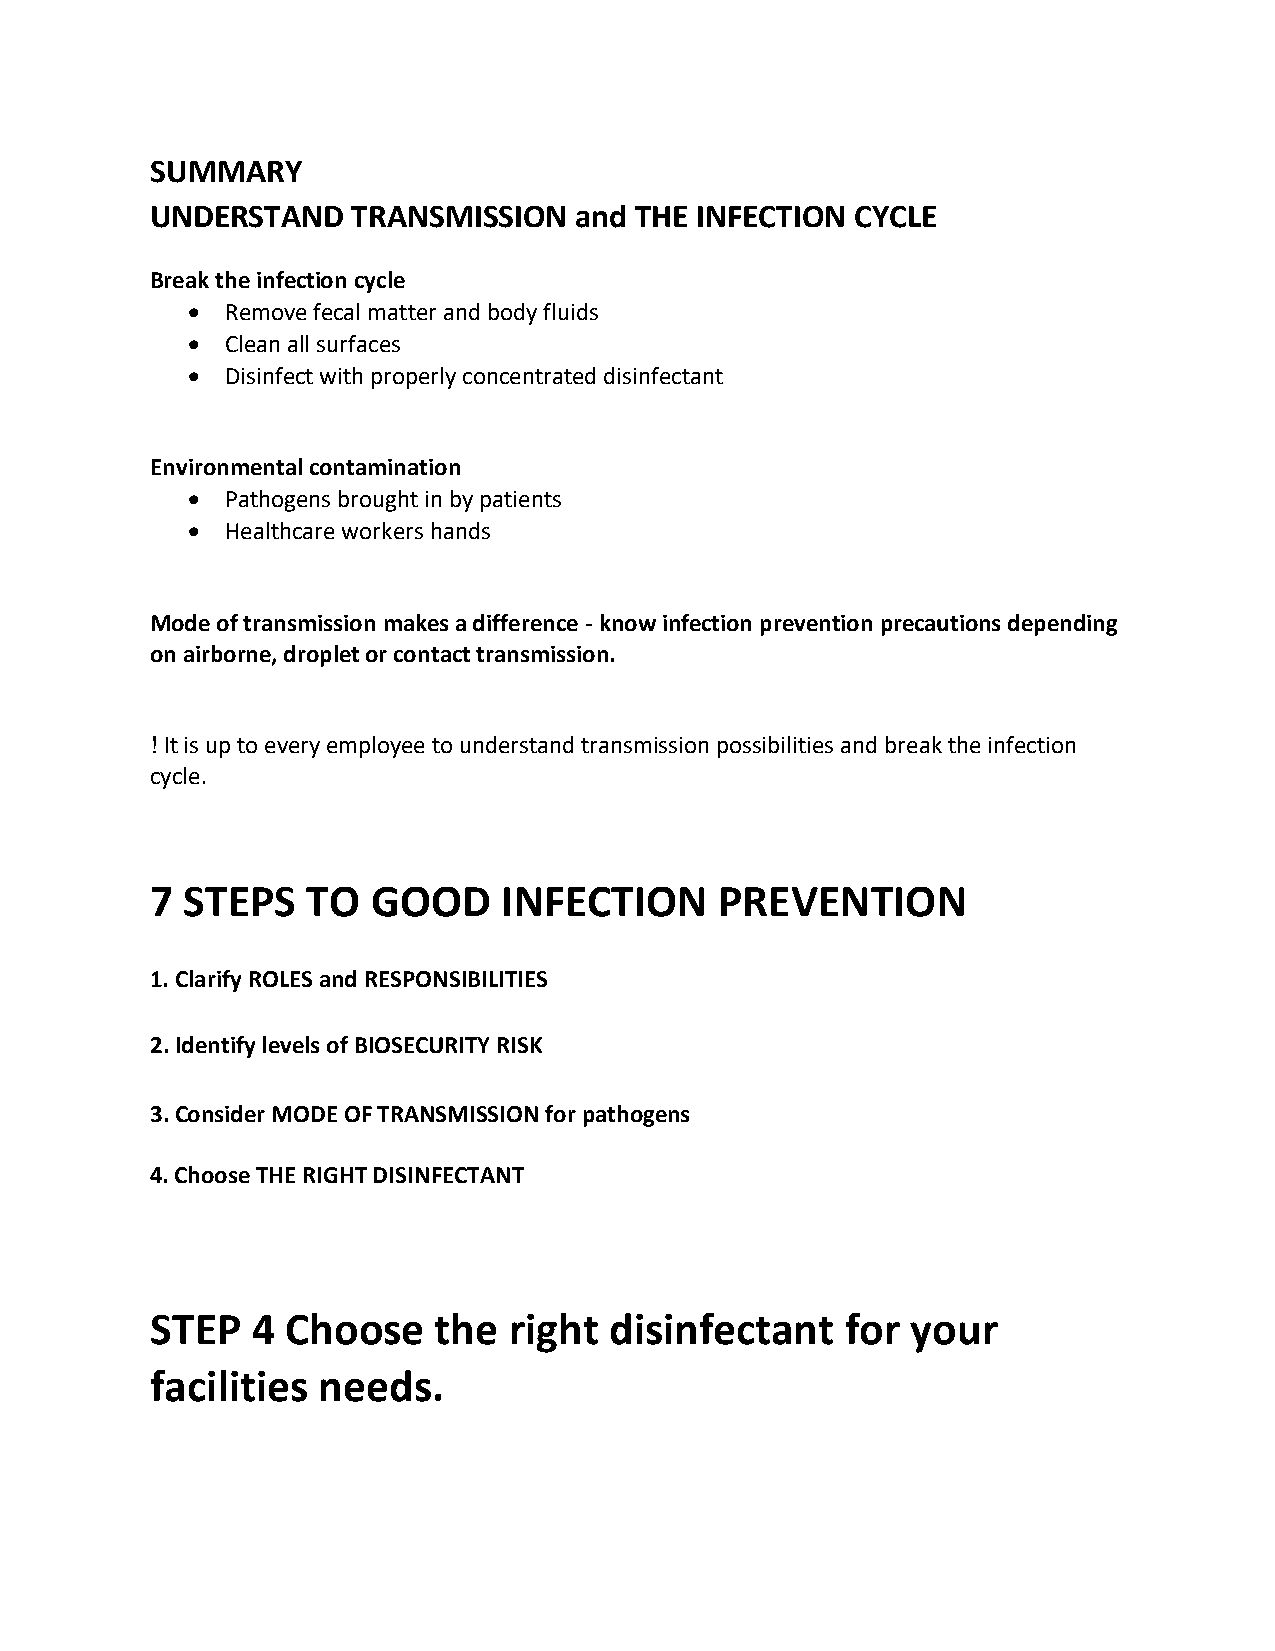
SUMMARY
 UNDERSTAND   TRANSMISSION   and THE INFECTION  CYCLE
 Break the infection cycle
 •  Remove fecal matter and body fluids
 •  Clean all surfaces
 •  Disinfect with properly concentrated disinfectant
 Environmental contamination
 •  Pathogens brought in by patients
 •  Healthcare workers hands
 Mode of transmission makes a difference - know infection prevention precautions depending
 on airborne, droplet or contact transmission.
 ! It is up to every employee to understand transmission possibilities and break the infection
 cycle.
 7 STEPS   TO   GOOD    INFECTION      PREVENTION
 1. Clarify ROLES and RESPONSIBILITIES
 2. Identify levels of BIOSECURITY RISK
 3. Consider MODE OF TRANSMISSION for pathogens
 4. Choose THE RIGHT DISINFECTANT
 STEP   4 Choose    the  right disinfectant    for your
 facilities needs.